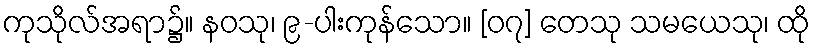
ကုသိုလ်အရာ၌။ နဝသု၊ ၉-ပါးကုန်သော။ [၀၇] တေသု သမယေသု၊ ထို